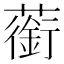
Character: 䕔